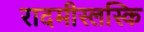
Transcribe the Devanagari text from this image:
रादमीस्लस्कि